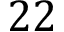
2 2